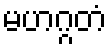
မဟဂ္ဂတံ